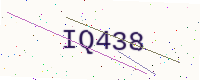
Text: IQ438